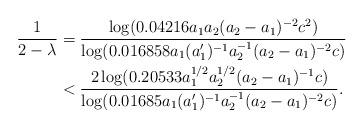
LaTeX: \begin{align*}\frac{1}{2-\lambda} &= \frac{\log(0.04216a_1a_2(a_2-a_1)^{-2}c^2)}{\log(0.016858a_1(a_1')^{-1}a_2^{-1}(a_2-a_1)^{-2}c)}\\ &< \frac{2\log(0.20533a_1^{1/2}a_2^{1/2}(a_2-a_1)^{-1}c)}{\log(0.01685a_1(a_1')^{-1}a_2^{-1}(a_2-a_1)^{-2}c)}. \end{align*}